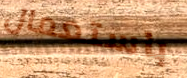
باستعمال